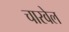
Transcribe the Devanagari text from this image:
चारवेल